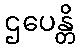
ဌပေန္တိ